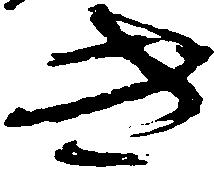
き